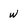
Character: W